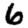
Digit: 6